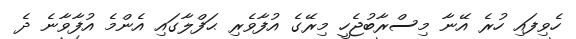
ހެވިފައި ހުރެ އޭނާ މިސްރާބުޖެހީ މިރޭގެ އުފާވެރި ޙަފްލާގައި އެންމެ އުފާވާނެ ދެ